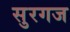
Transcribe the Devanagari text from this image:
सुरगज